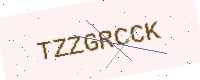
Text: TZZGRCCK